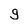
Character: g